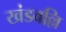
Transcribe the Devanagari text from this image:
खंडवल्लि